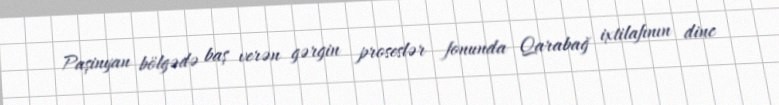
Paşinyan bölgədə baş verən gərgin proseslər fonunda Qarabağ ixtilafının dinc